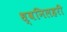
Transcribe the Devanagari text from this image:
ध्वनिलहरी